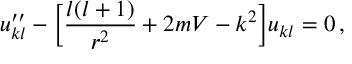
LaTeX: u _ { k l } ^ { \prime \prime } - \bigg \lbrack \frac { l ( l + 1 ) } { r ^ { 2 } } + 2 m V - k ^ { 2 } \bigg \rbrack u _ { k l } = 0 \, ,